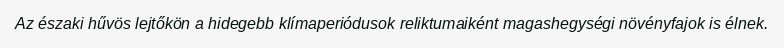
Az északi hűvös lejtőkön a hidegebb klímaperiódusok reliktumaiként magashegységi növényfajok is élnek.